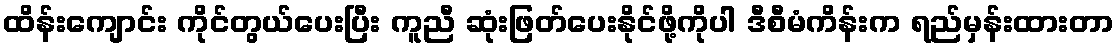
ထိန်းကျောင်း ကိုင်တွယ်ပေးပြီး ကူညီ ဆုံးဖြတ်ပေးနိုင်ဖို့ကိုပါ ဒီစီမံကိန်းက ရည်မှန်းထားတာ